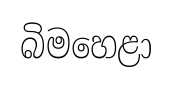
බිමහෙළා